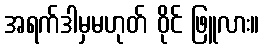
အရက်ဒါမှမဟုတ် ဝိုင် ဖြူလား။